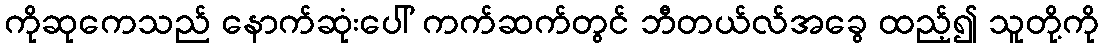
ကိုဆုကေသည် နောက်ဆုံးပေါ် ကက်ဆက်တွင် ဘီတယ်လ်အခွေ ထည့်၍ သူတို့ကို